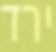
ירד